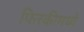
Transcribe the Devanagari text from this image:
फिरकीमध्ये